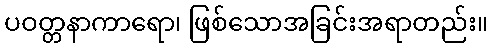
ပဝတ္တနာကာရော၊ ဖြစ်သောအခြင်းအရာတည်း။